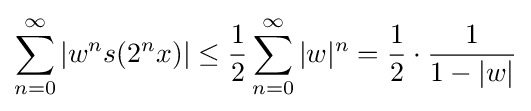
\sum _{n=0}^{\infty }|w^{n}s(2^{n}x)|\leq {\frac {1}{2}}\sum _{n=0}^{\infty }|w|^{n}={\frac {1}{2}}\cdot {\frac {1}{1-|w|}}